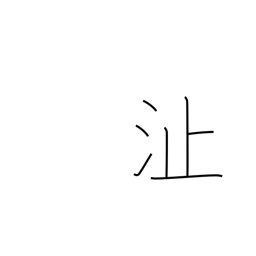
Meaning: shoal